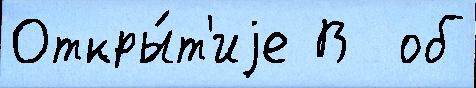
Откры́т'иjе В  об